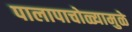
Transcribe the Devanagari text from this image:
पालापाचोळ्यामुळे